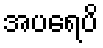
အပရေပိ